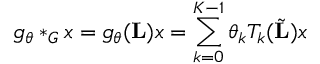
g _ { \theta } * _ { G } x = g _ { \theta } ( \mathbf { L } ) x = \sum _ { k = 0 } ^ { K - 1 } \theta _ { k } T _ { k } ( \tilde { \mathbf { L } } ) x